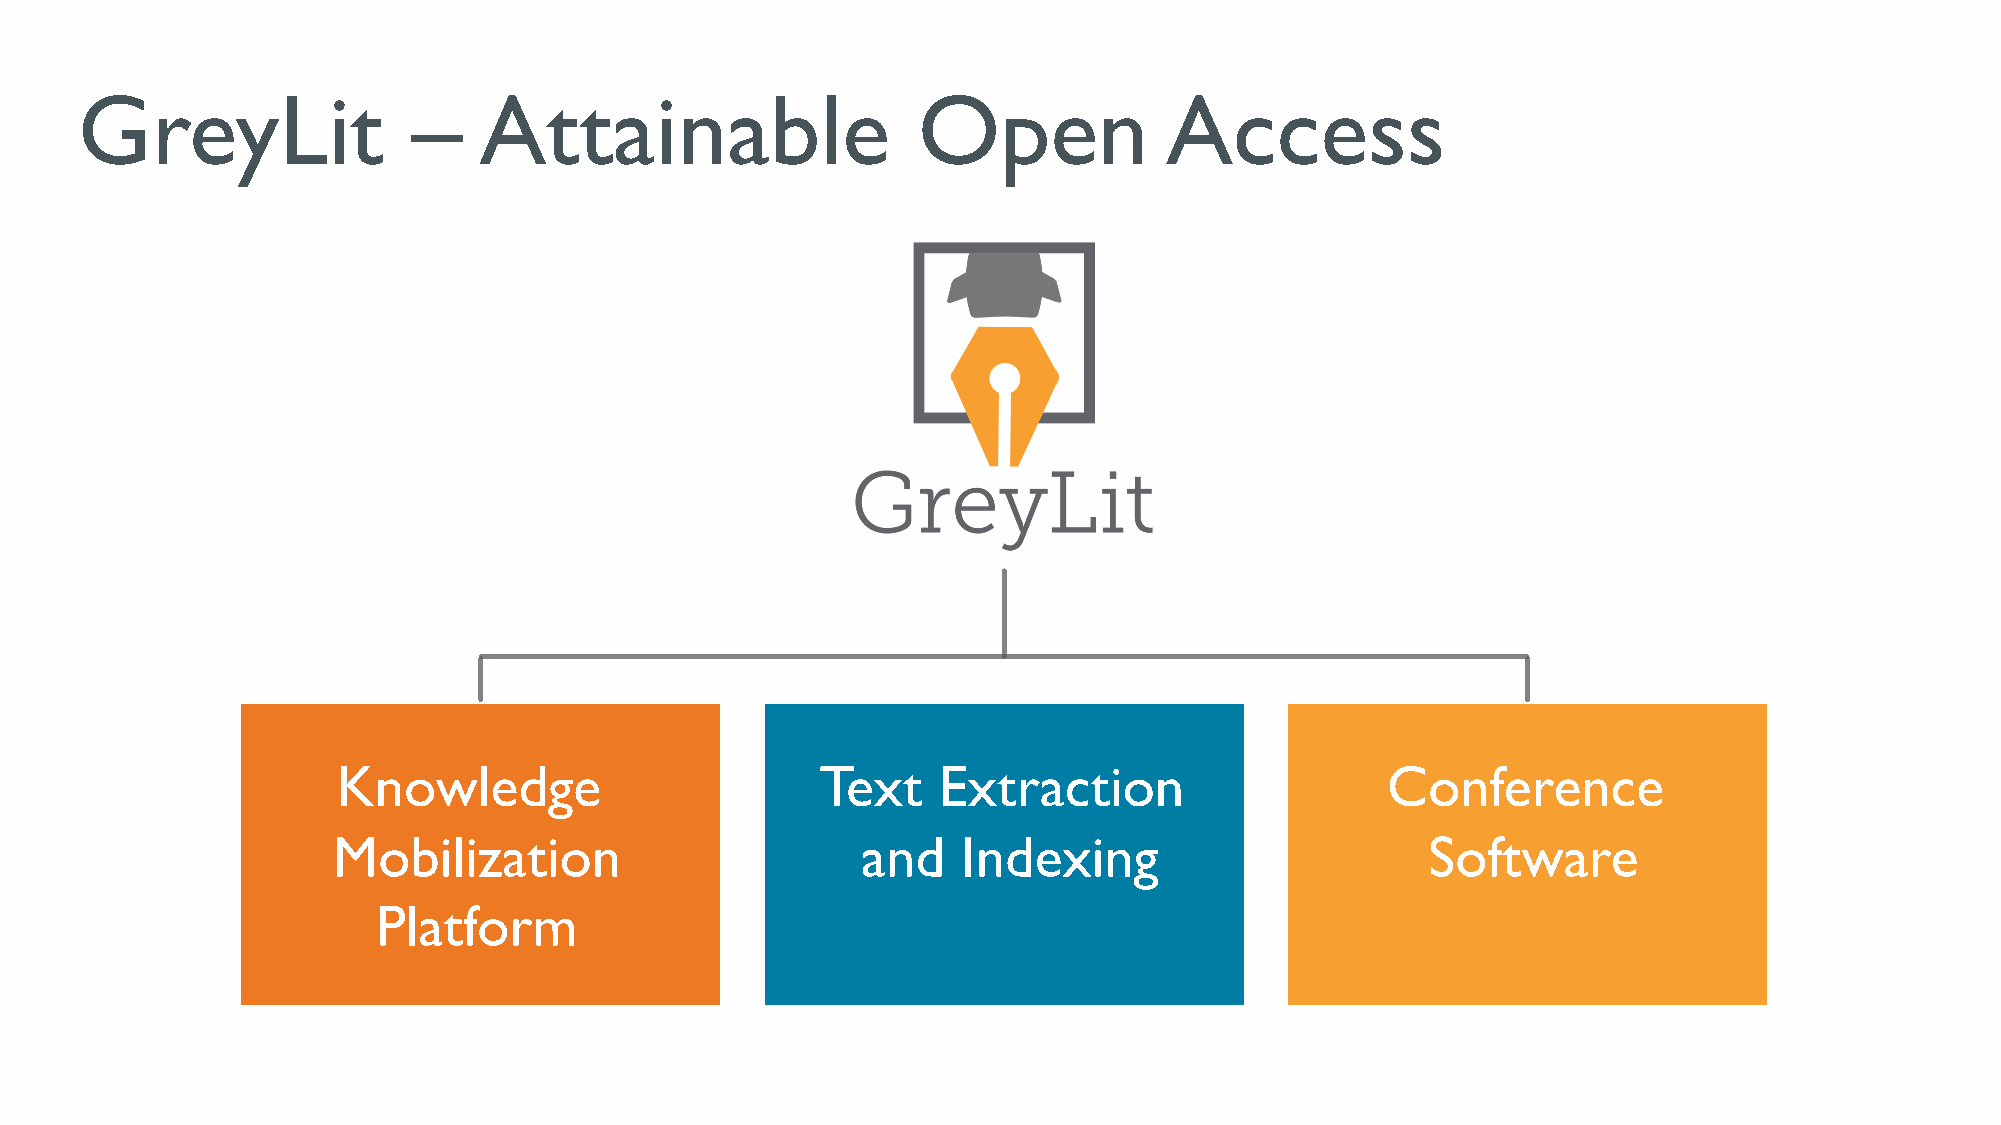
GreyLit               –    Attainable                   Open            Access
 Knowledge                       Text    Extraction                    Conference
 Mobilization                       and    Indexing                       Software
 Platform